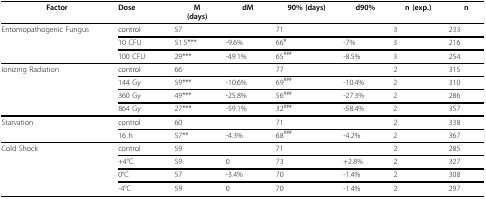
<table><thead><tr><td><b>Factor</b></td><td><b>Dose</b></td><td><b>M(days)</b></td><td><b>dM</b></td><td><b>90% (days)</b></td><td><b>d90%</b></td><td><b>n (exp.)</b></td><td><b>n</b></td></tr></thead><tbody><tr><td>Entomopathogenic Fungus</td><td>control</td><td>57</td><td></td><td>71</td><td></td><td>3</td><td>233</td></tr><tr><td></td><td>10 CFU</td><td>51.5***</td><td>-9.6%</td><td>66<sup>#</sup></td><td>-7%</td><td>3</td><td>216</td></tr><tr><td></td><td>100 CFU</td><td>29***</td><td>-49.1%</td><td>65<sup>###</sup></td><td>-8.5%</td><td>3</td><td>254</td></tr><tr><td>Ionizing Radiation</td><td>control</td><td>66</td><td></td><td>77</td><td></td><td>2</td><td>315</td></tr><tr><td></td><td>144 Gy</td><td>59***</td><td>-10.6%</td><td>69<sup>###</sup></td><td>-10.4%</td><td>2</td><td>310</td></tr><tr><td></td><td>360 Gy</td><td>49***</td><td>-25.8%</td><td>56<sup>###</sup></td><td>-27.3%</td><td>2</td><td>286</td></tr><tr><td></td><td>864 Gy</td><td>27***</td><td>-59.1%</td><td>32<sup>###</sup></td><td>-58.4%</td><td>2</td><td>357</td></tr><tr><td>Starvation</td><td>control</td><td>60</td><td></td><td>71</td><td></td><td>2</td><td>338</td></tr><tr><td></td><td>16 h</td><td>57**</td><td>-4.3%</td><td>68<sup>###</sup></td><td>-4.2%</td><td>2</td><td>367</td></tr><tr><td>Cold Shock</td><td>control</td><td>59</td><td></td><td>71</td><td></td><td>2</td><td>285</td></tr><tr><td></td><td>+4°C</td><td>59</td><td>0</td><td>73</td><td>+2.8%</td><td>2</td><td>327</td></tr><tr><td></td><td>0°C</td><td>57</td><td>-3.4%</td><td>70</td><td>-1.4%</td><td>2</td><td>308</td></tr><tr><td></td><td>-4°C</td><td>59</td><td>0</td><td>70</td><td>-1.4%</td><td>2</td><td>297</td></tr></tbody></table>